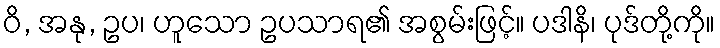
ဝိ, အနု, ဥပ၊ ဟူသော ဥပသာရ၏ အစွမ်းဖြင့်။ ပဒါနိ၊ ပုဒ်တို့ကို။